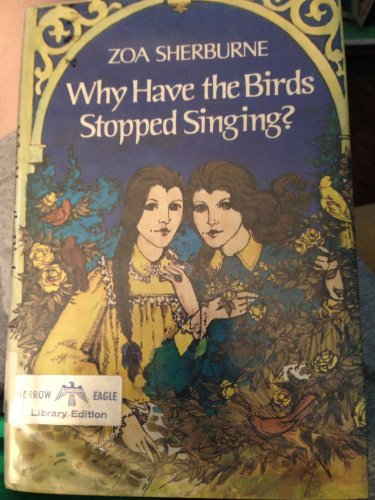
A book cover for Why Have the Birds Stopped Singing?; Zoa Sherburne; Health, Fitness & Dieting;